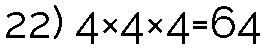
22) 4×4×4=64